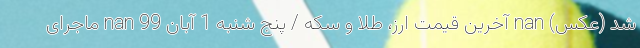
شد (عکس) nan آخرین قیمت ارز، طلا و سکه / پنج شنبه 1 آبان 99 nan ماجرای